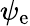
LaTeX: \psi_{\mathrm{e}}